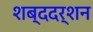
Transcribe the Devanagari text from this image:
शब्ददर्शन